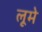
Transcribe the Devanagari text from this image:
लूमे